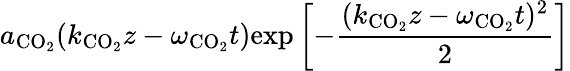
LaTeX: a_{\mathrm{CO_{2}}}(k_{\mathrm{CO_{2}}}z-\omega_{\mathrm{CO_{2}}}t)\mathrm{exp}\left[-\frac{(k_{\mathrm{CO_{2}}}z-\omega_{\mathrm{CO_{2}}}t)^{2}}{2}\right]